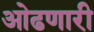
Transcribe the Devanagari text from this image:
ओढणारी